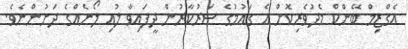
އެގްޒިމް ބޭންކް މެދުވެރިކޮށް އެ ގައުމުގެ ސަރުކާރުން ދީފައިވާ ލުއި ލޯނެއްގެ ދަށުންނެވެ.